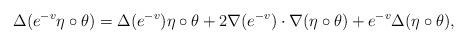
LaTeX: \begin{align*}\Delta(e^{-v}\eta\circ \theta) = \Delta(e^{-v})\eta\circ \theta +2\nabla(e^{-v})\cdot \nabla(\eta\circ \theta)+ e^{-v}\Delta(\eta\circ \theta), \end{align*}